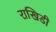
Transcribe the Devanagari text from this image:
राखिडी